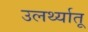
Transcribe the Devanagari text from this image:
उलर्थ्यातू